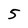
Character: 5